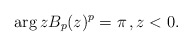
\begin{align*}\arg zB_p(z)^p=\pi\,,z<0.\end{align*}